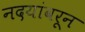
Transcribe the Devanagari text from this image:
नदयांवरून